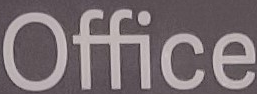
Office